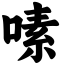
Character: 嗉